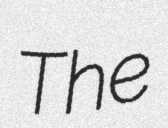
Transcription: The